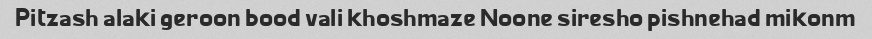
Pitzash alaki geroon bood vali khoshmaze Noone siresho pishnehad mikonm